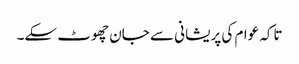
تاکہ عوام کی پریشانی سے جان چھوٹ سکے۔